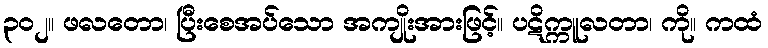
၃၀၂။ ဖလတော၊ ပြီးစေအပ်သော အကျိုးအားဖြင့်။ ပဋိက္ကူလတာ၊ ကို။ ကထံ